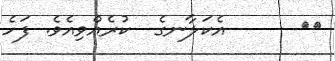
٧٧      އެކަލާނގެ  ކުރެއްވިއެވެ. ފަހެ